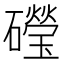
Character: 𥗏